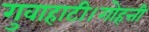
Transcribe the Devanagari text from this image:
गुवाहाटी।गोहत्ती